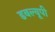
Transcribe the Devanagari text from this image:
डबल्यूपी